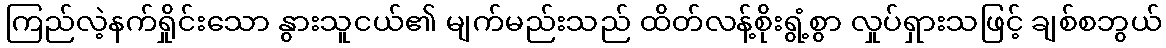
ကြည်လဲ့နက်ရှိုင်းသော နွားသူငယ်၏ မျက်မည်းသည် ထိတ်လန့်စိုးရွံ့စွာ လှုပ်ရှားသဖြင့် ချစ်စဘွယ်